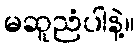
မဆူညံပါနဲ့။